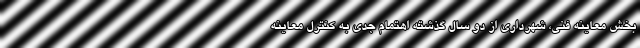
بخش معاینه فنی، شهرداری از دو سال گذشته اهتمام جدی به کنترل معاینه